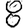
Digit: 8